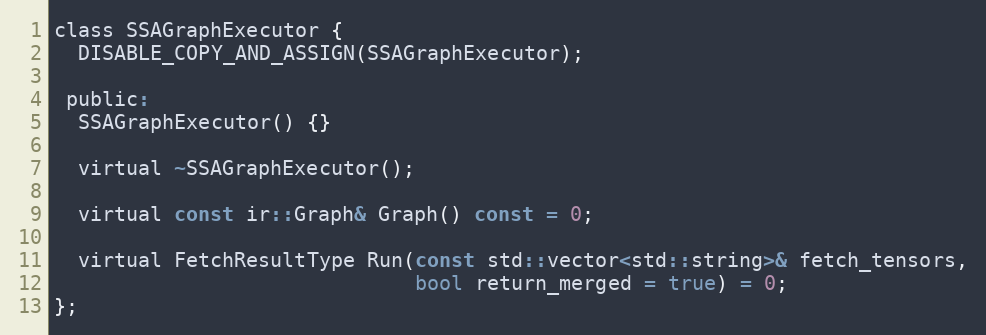
Language: C
class SSAGraphExecutor {
  DISABLE_COPY_AND_ASSIGN(SSAGraphExecutor);

 public:
  SSAGraphExecutor() {}

  virtual ~SSAGraphExecutor();

  virtual const ir::Graph& Graph() const = 0;

  virtual FetchResultType Run(const std::vector<std::string>& fetch_tensors,
                              bool return_merged = true) = 0;
};